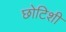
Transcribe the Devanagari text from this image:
छोटिशी